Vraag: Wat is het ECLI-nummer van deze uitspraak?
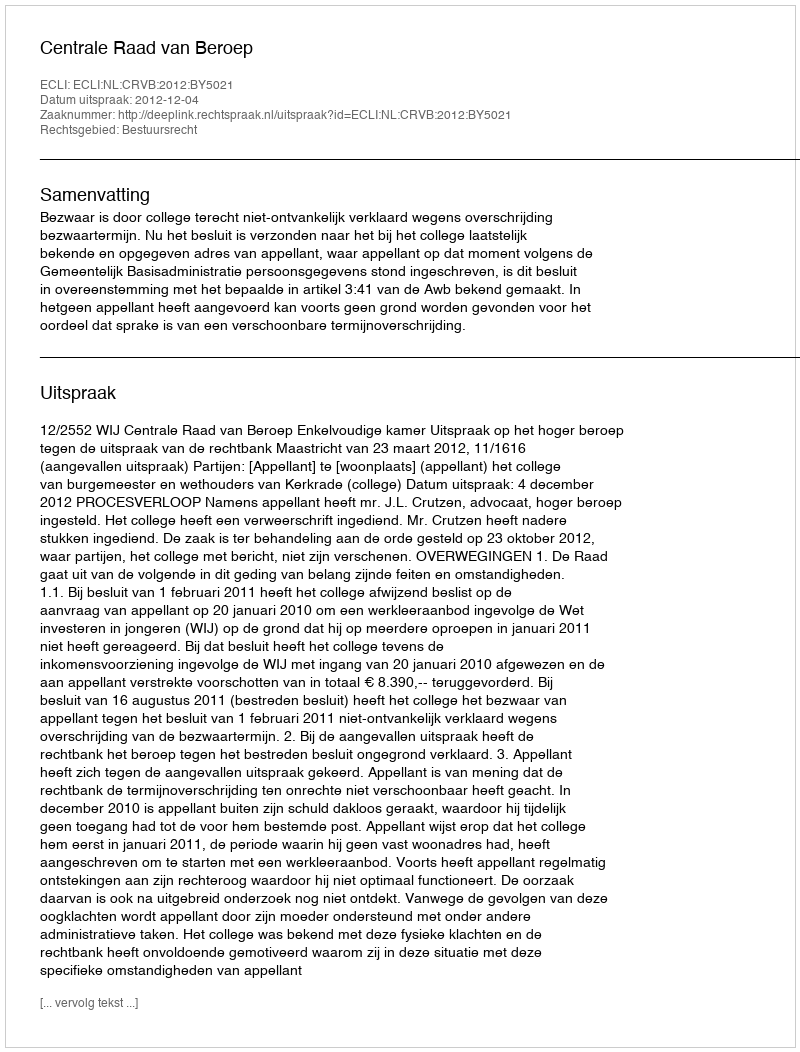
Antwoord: ECLI:NL:CRVB:2012:BY5021